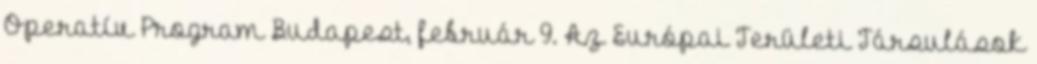
Operatív Program Budapest, február 9. Az Európai Területi Társulások